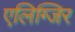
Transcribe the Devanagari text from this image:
एलिग्जिर